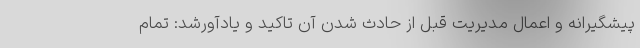
پیشگیرانه و اعمال مدیریت قبل از حادث شدن آن تاکید و یادآورشد: تمام